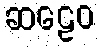
ဆဠေဝ